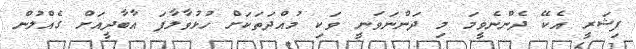
ފިޝަރީ އެކޭ ދެންނެވީމަ މި ދަންނަވަނީ ވަކި މުއްދަތަކަށް ހުޅުވާލާފަ އާބާދީއަށް ގެއްލުން